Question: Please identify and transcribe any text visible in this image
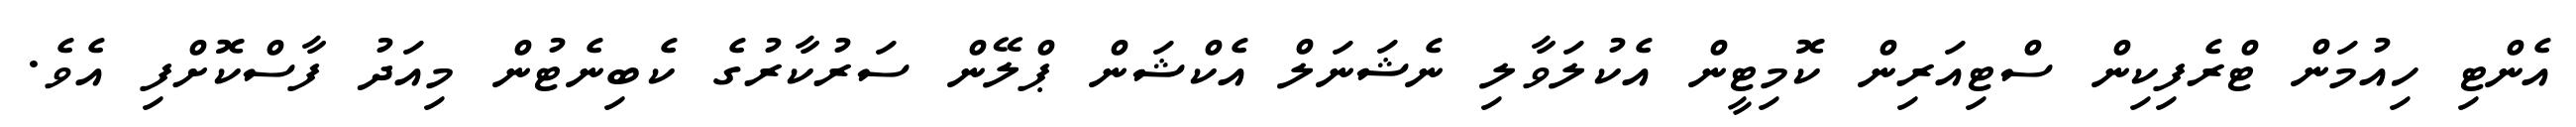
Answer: އެންޓި ހިއުމަން ޓްރެފިކިން ސްޓިއަރިން ކޮމިޓީން އެކުލަވާލި ނެޝަނަލް އެކްޝަން ޕްލޭން ސަރުކާރުގެ ކެބިނެޓުން މިއަދު ފާސްކޮށްފި އެވެ.